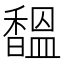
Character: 馧